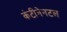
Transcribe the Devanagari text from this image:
कंटीनेनटल